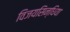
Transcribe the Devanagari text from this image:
विजयसिन्धिया